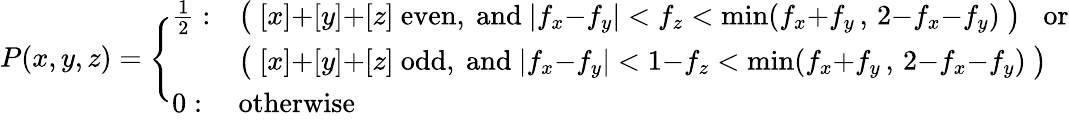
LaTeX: P(x,y,z)=\Bigg\{ \begin{array}{ll}{{\frac{1}{2}:}}&{{\big(\; [x]{+}[y]{+}[z]\mathrm{~even,~and~}|f_{x}{-}f_{y}|<f_{z}<\operatorname*{min}(f_{x}{+}f_{y}\, ,\, 2{-}f_{x}{-}f_{y})\; \big)\; \; \mathrm{~or}}}\\ {{}}&{{\big(\; [x]{+}[y]{+}[z]\mathrm{~odd,~and~}|f_{x}{-}f_{y}|<1{-}f_{z}<\operatorname*{min}(f_{x}{+}f_{y}\, ,\, 2{-}f_{x}{-}f_{y})\; \big)}}\\ {{0:}}&{{\mathrm{otherwise}}}\end{array}